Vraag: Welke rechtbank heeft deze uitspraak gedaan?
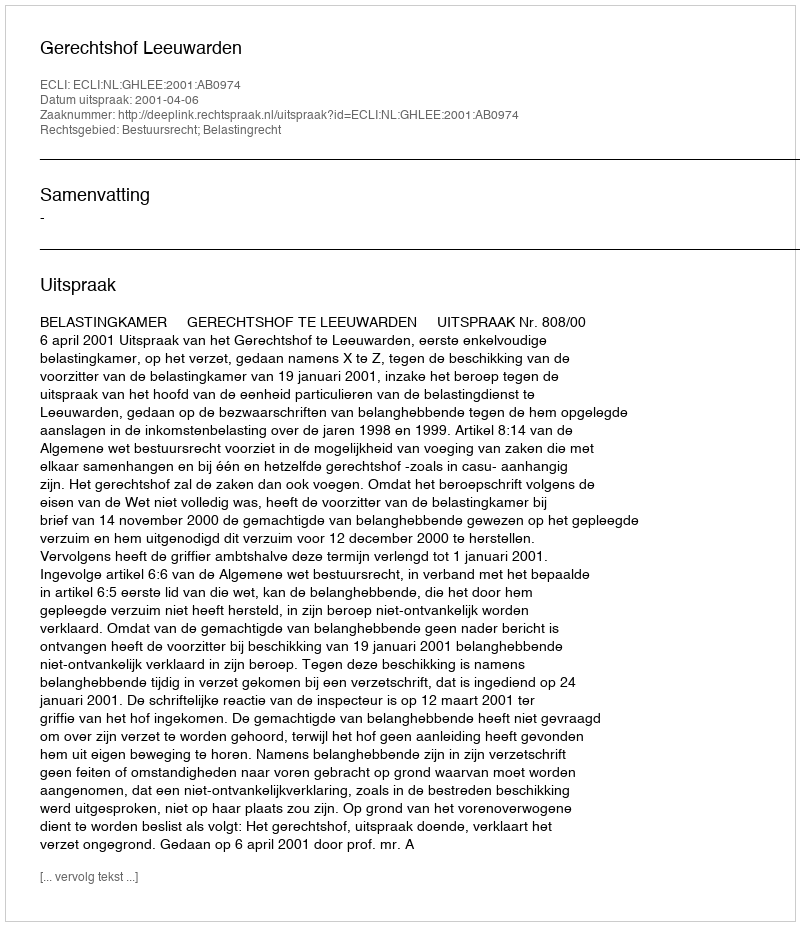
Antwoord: Gerechtshof Leeuwarden